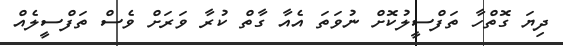
ދިޔަ ގޮތްހާ ތަފްސީލުކޮށް ނުވަތަ އެއާ ގާތް ކުރާ ވަރަށް ވެސް ތަފްސީލެއް